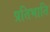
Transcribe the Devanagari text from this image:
प्रतिभाति